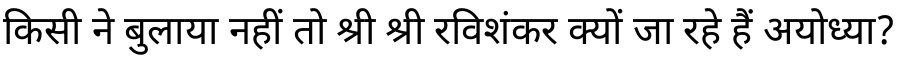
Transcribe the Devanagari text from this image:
किसी ने बुलाया नहीं तो श्री श्री रविशंकर क्यों जा रहे हैं अयोध्या?